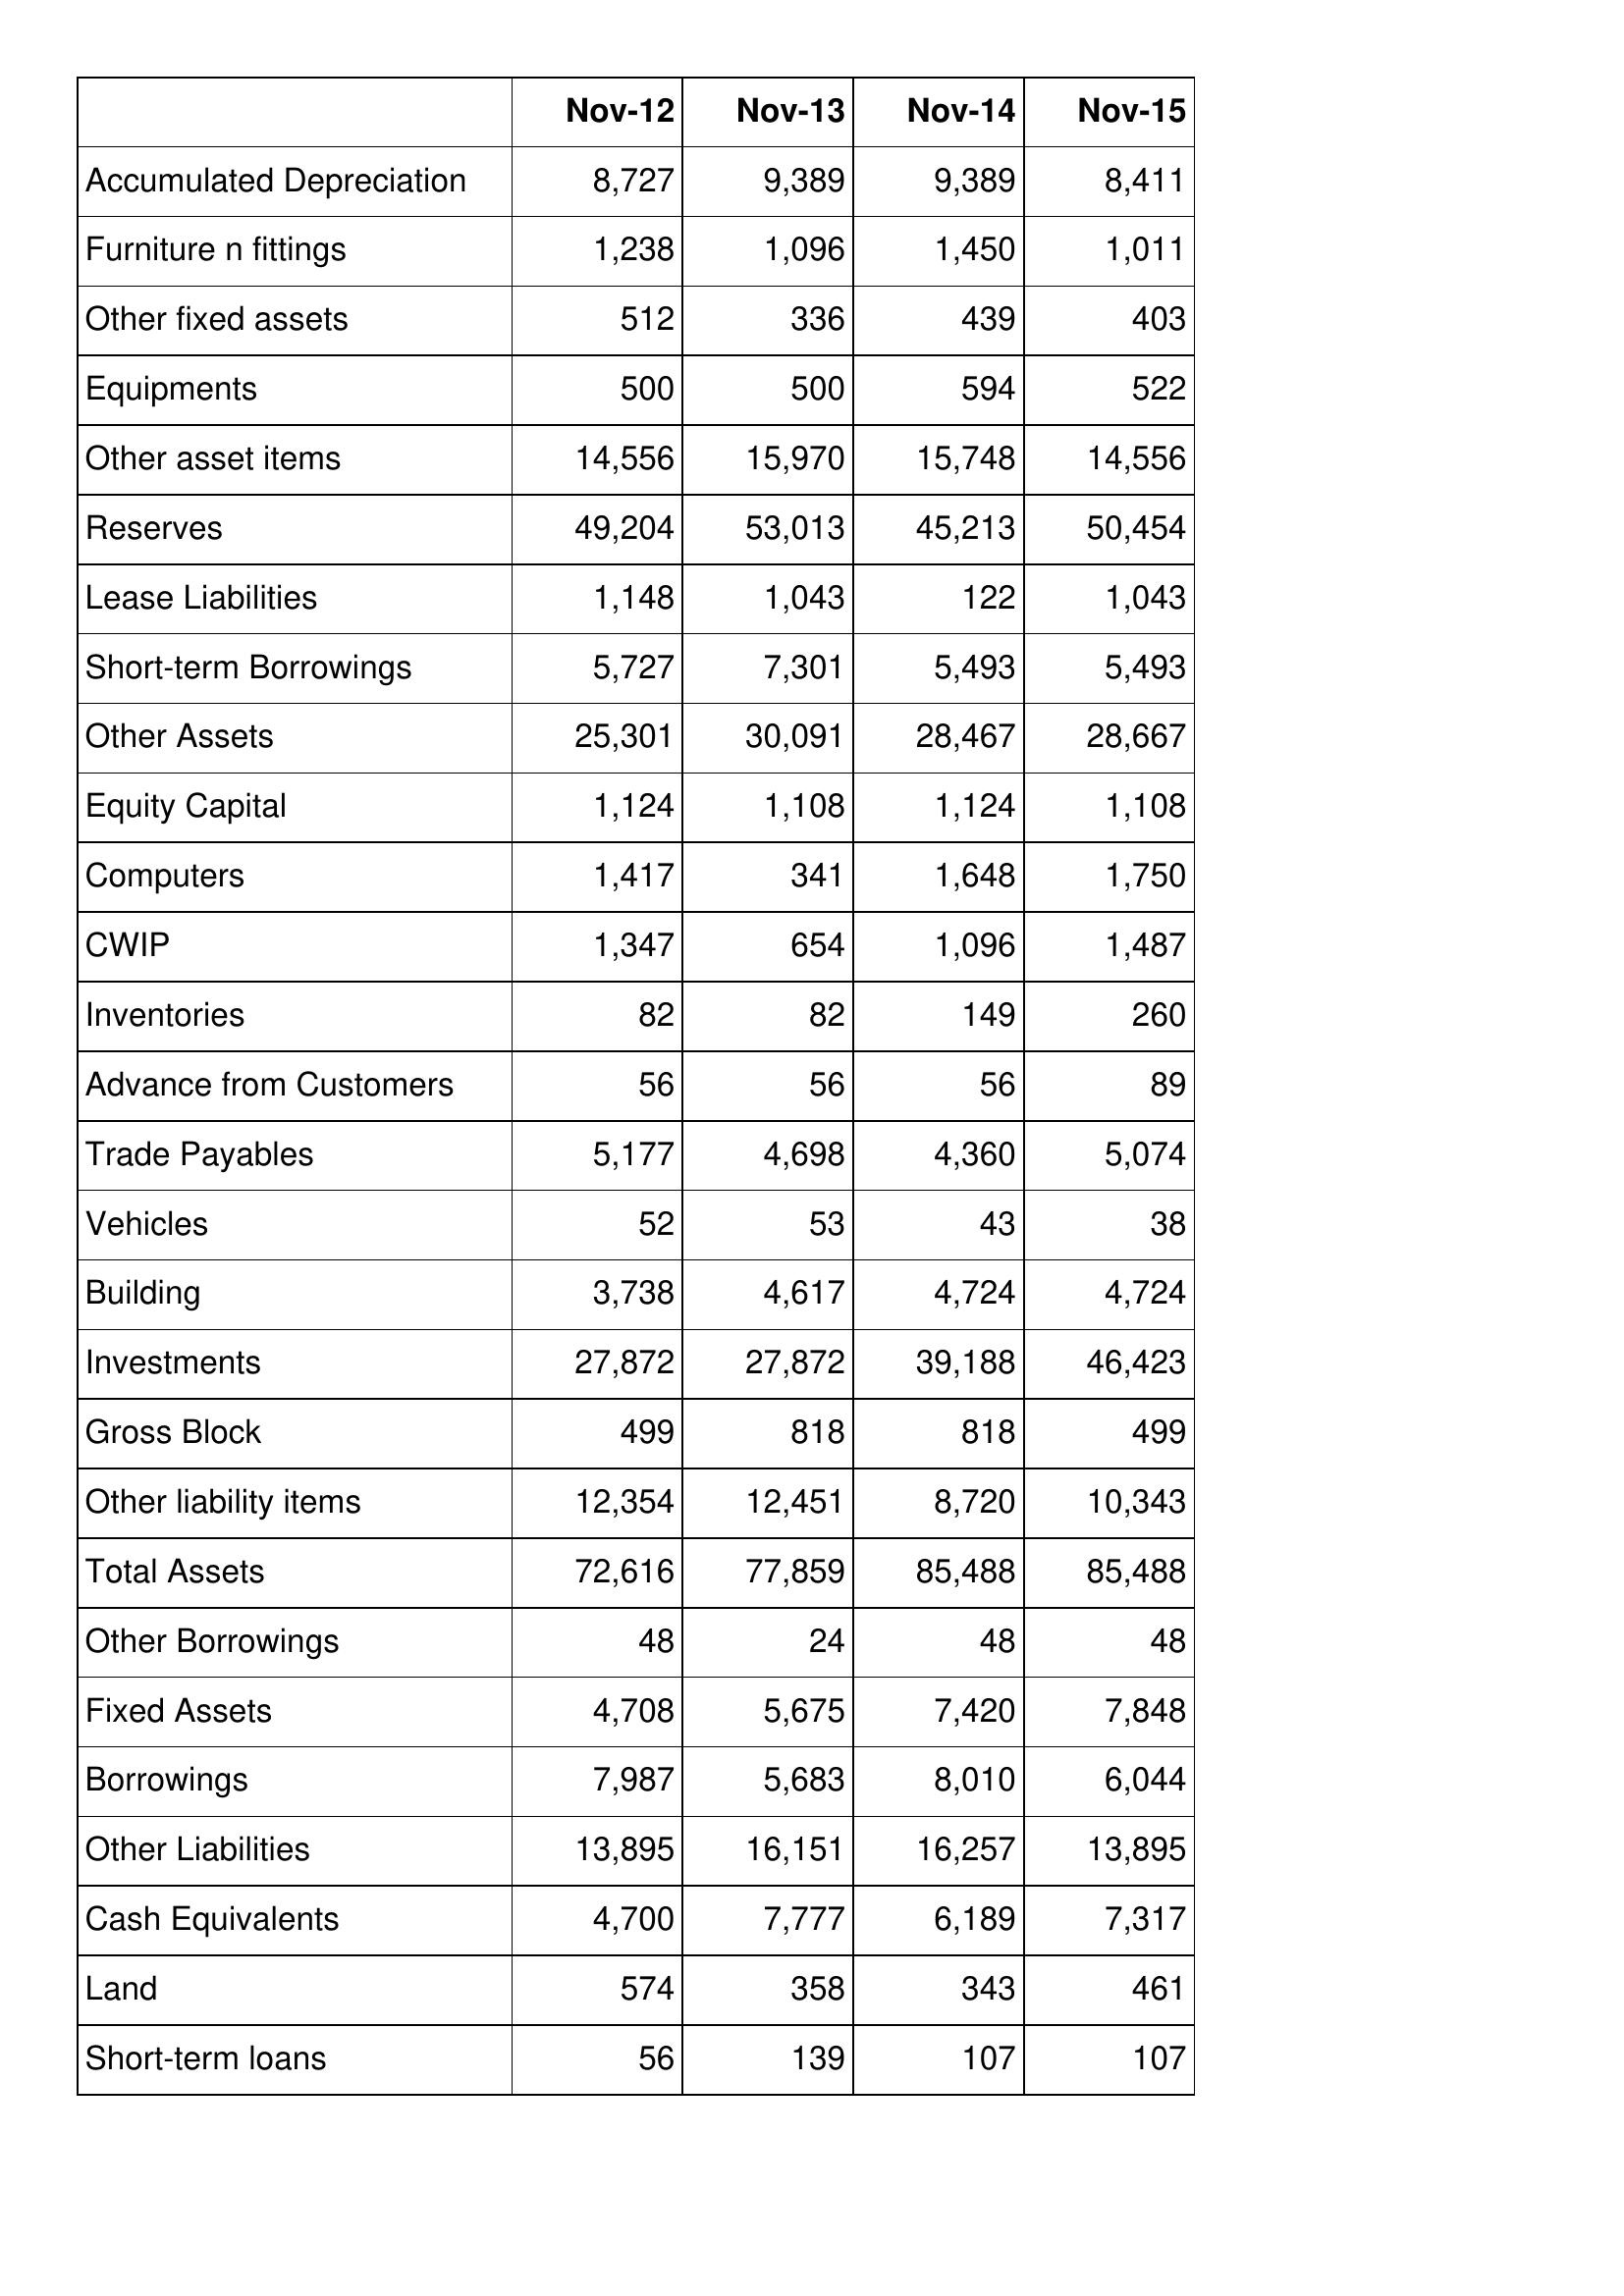
Nov-12: Balance Sheet: Accumulated Depreciation: 8,727
Furniture n fittings: 1,238
Other fixed assets: 512
Equipments: 500
Other asset items: 14,556
Reserves: 49,204
Lease Liabilities: 1,148
Short-term Borrowings: 5,727
Other Assets: 25,301
Equity Capital: 1,124
Computers: 1,417
CWIP: 1,347
Inventories: 82
Advance from Customers: 56
Trade Payables: 5,177
Vehicles: 52
Building: 3,738
Investments: 27,872
Gross Block: 499
Other liability items: 12,354
Total Assets: 72,616
Other Borrowings: 48
Fixed Assets: 4,708
Borrowings: 7,987
Other Liabilities: 13,895
Cash Equivalents: 4,700
Land: 574
Short-term loans: 56
Nov-13: Balance Sheet: Accumulated Depreciation: 9,389
Furniture n fittings: 1,096
Other fixed assets: 336
Equipments: 500
Other asset items: 15,970
Reserves: 53,013
Lease Liabilities: 1,043
Short-term Borrowings: 7,301
Other Assets: 30,091
Equity Capital: 1,108
Computers: 341
CWIP: 654
Inventories: 82
Advance from Customers: 56
Trade Payables: 4,698
Vehicles: 53
Building: 4,617
Investments: 27,872
Gross Block: 818
Other liability items: 12,451
Total Assets: 77,859
Other Borrowings: 24
Fixed Assets: 5,675
Borrowings: 5,683
Other Liabilities: 16,151
Cash Equivalents: 7,777
Land: 358
Short-term loans: 139
Nov-14: Balance Sheet: Accumulated Depreciation: 9,389
Furniture n fittings: 1,450
Other fixed assets: 439
Equipments: 594
Other asset items: 15,748
Reserves: 45,213
Lease Liabilities: 122
Short-term Borrowings: 5,493
Other Assets: 28,467
Equity Capital: 1,124
Computers: 1,648
CWIP: 1,096
Inventories: 149
Advance from Customers: 56
Trade Payables: 4,360
Vehicles: 43
Building: 4,724
Investments: 39,188
Gross Block: 818
Other liability items: 8,720
Total Assets: 85,488
Other Borrowings: 48
Fixed Assets: 7,420
Borrowings: 8,010
Other Liabilities: 16,257
Cash Equivalents: 6,189
Land: 343
Short-term loans: 107
Nov-15: Balance Sheet: Accumulated Depreciation: 8,411
Furniture n fittings: 1,011
Other fixed assets: 403
Equipments: 522
Other asset items: 14,556
Reserves: 50,454
Lease Liabilities: 1,043
Short-term Borrowings: 5,493
Other Assets: 28,667
Equity Capital: 1,108
Computers: 1,750
CWIP: 1,487
Inventories: 260
Advance from Customers: 89
Trade Payables: 5,074
Vehicles: 38
Building: 4,724
Investments: 46,423
Gross Block: 499
Other liability items: 10,343
Total Assets: 85,488
Other Borrowings: 48
Fixed Assets: 7,848
Borrowings: 6,044
Other Liabilities: 13,895
Cash Equivalents: 7,317
Land: 461
Short-term loans: 107